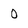
Character: 0